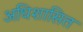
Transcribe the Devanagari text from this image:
अधिशासित